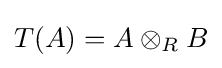
T(A)=A\otimes _{R}B